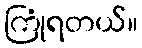
ကြုံရတယ်။